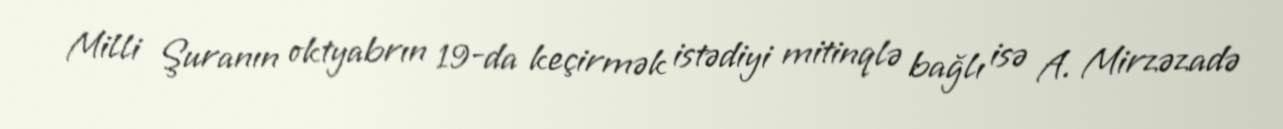
Milli Şuranın oktyabrın 19-da keçirmək istədiyi mitinqlə bağlı isə A. Mirzəzadə